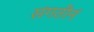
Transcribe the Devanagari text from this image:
संगतीनं